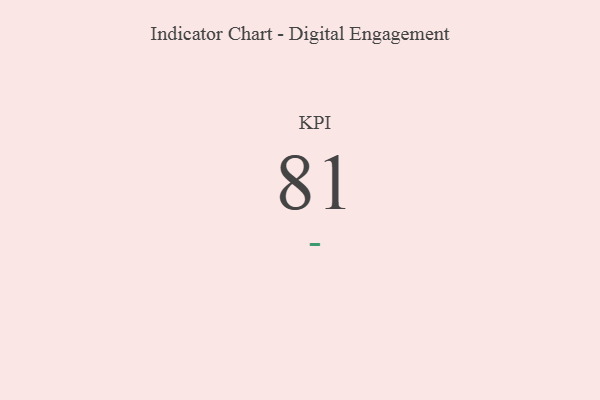
{"axis": {"x": "KPI", "y": "Value"}, "legend": [""], "data": [{"x": "KPI", "y": 81, "type": ""}]}